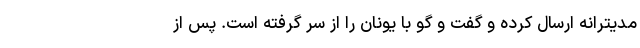
مدیترانه ارسال کرده و گفت و گو با یونان را از سر گرفته است. پس از